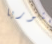
فيكتوريا